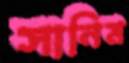
সানিম